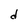
Character: d